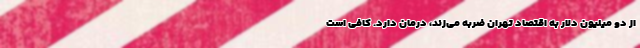
از دو میلیون دلار به اقتصاد تهران ضربه می‌زند، درمان دارد. کافی است